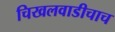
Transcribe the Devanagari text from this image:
चिखलवाडीचाच